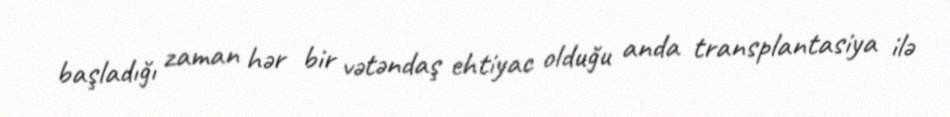
başladığı zaman hər bir vətəndaş ehtiyac olduğu anda transplantasiya ilə